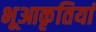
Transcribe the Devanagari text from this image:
भूआकृतियां